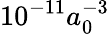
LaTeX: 10^{-11}a_{0}^{-3}